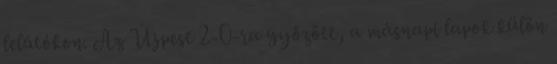
lelátókon. Az Újpest 2-0-ra győzött, a másnapi lapok külön